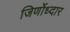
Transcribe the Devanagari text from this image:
जिर्णोध्दार